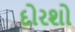
દોરશો